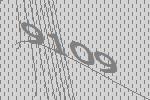
9109